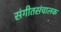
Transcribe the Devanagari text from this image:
संगीतसंचालक